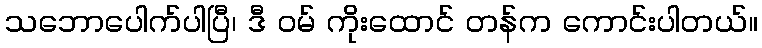
သဘောပေါက်ပါပြီ၊ ဒီ ဝမ် ကိုးထောင် တန်က ကောင်းပါတယ်။